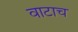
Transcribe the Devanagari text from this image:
वाटाच